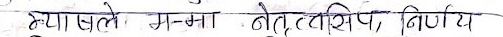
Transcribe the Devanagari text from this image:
क्या खले म-मा नेतृत्व, निर्णय